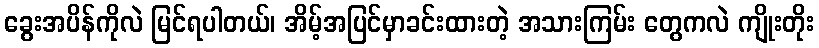
ခွေးအပိန်ကိုလဲ မြင်ရပါတယ်၊ အိမ့်အပြင်မှာခင်းထားတဲ့ အသားကြမ်း တွေကလဲ ကျိုးတိုး